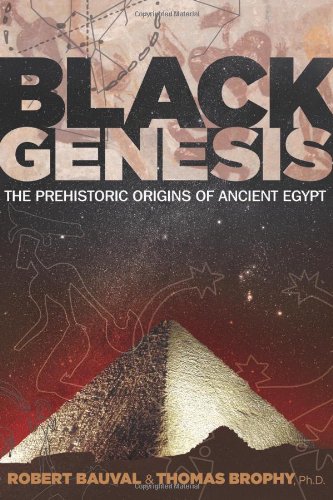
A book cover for Black Genesis: The Prehistoric Origins of Ancient Egypt; Robert Bauval; Science & Math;